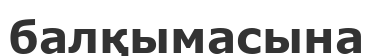
балқымасына